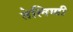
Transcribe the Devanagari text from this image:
तेलिणी